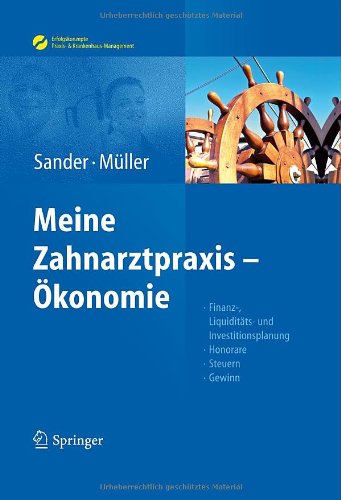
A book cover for Sander/MÃ¼ller, Meine Zahnarztpraxis - ÃEkonomie: Finanz-, LiquiditÃ¤ts- und Investitionsplanung, Honorare, Steuern, Gewinn (Erfolgskonzepte Zahnarztpraxis & Management) (German Edition); Thomas Sander; Medical Books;